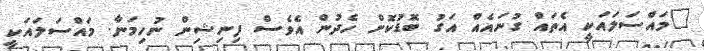
"މައްސަލައަކީ އެތައް ގުނައެއް އަގު ބޮޑުކޮށް ހެދުން އެވެސް ފިނިޝިން ނުހިމަނާ. މައްސަލައަކީ